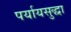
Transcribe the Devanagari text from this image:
पर्यायसुद्धा